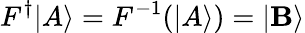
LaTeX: F^{\dagger}|A\rangle=F^{-1}(|A\rangle)=|\mathbf{B}\rangle